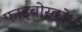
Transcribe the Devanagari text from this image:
फाइब्रोस्कोप